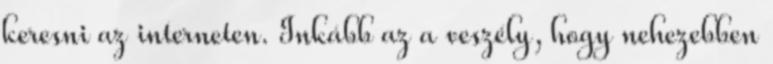
keresni az interneten. Inkább az a veszély, hogy nehezebben